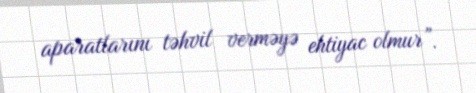
aparatlarını təhvil verməyə ehtiyac olmur”.